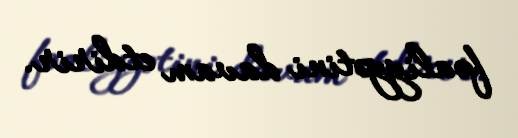
fəaliyyətini davam etdirir.